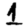
Digit: 1